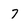
Character: 7